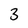
Character: 3